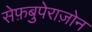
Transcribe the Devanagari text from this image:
सेफ़बुपेराज़ोन